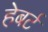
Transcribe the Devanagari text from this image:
हेबर्ट